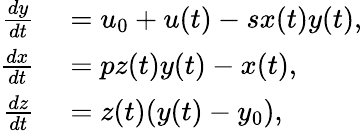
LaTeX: \begin{array}{rl}{\frac{dy}{dt}}&{{}=u_{0}+u(t)-sx(t)y(t),}\\ {\frac{dx}{dt}}&{{}=pz(t)y(t)-x(t),}\\ {\frac{dz}{dt}}&{{}=z(t)(y(t)-y_{0}),}\end{array}